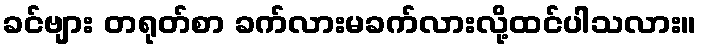
ခင်ဗျား တရုတ်စာ ခက်လားမခက်လားလို့ထင်ပါသလား။